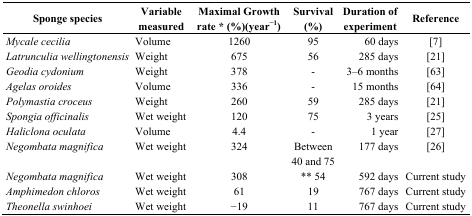
<table><thead><tr><td><b>Sponge species</b></td><td><b>Variable measured</b></td><td><b>Maximal Growth rate * (%)(year<sup>−1</sup>)</b></td><td><b>Survival (%)</b></td><td><b>Duration of experiment</b></td><td><b>Reference</b></td></tr></thead><tbody><tr><td><i>Mycale cecilia</i></td><td>Volume</td><td>1260</td><td>95</td><td>60 days</td><td>[7]</td></tr><tr><td><i>Latrunculia wellingtonensis</i></td><td>Weight</td><td>675</td><td>56</td><td>285 days</td><td>[21]</td></tr><tr><td><i>Geodia cydonium</i></td><td>Weight</td><td>378</td><td>-</td><td>3–6 months</td><td>[63]</td></tr><tr><td><i>Agelas oroides</i></td><td>Volume</td><td>336</td><td>-</td><td>15 months</td><td>[64]</td></tr><tr><td><i>Polymastia croceus</i></td><td>Weight</td><td>260</td><td>59</td><td>285 days</td><td>[21]</td></tr><tr><td><i>Spongia officinalis</i></td><td>Wet weight</td><td>120</td><td>75</td><td>3 years</td><td>[25]</td></tr><tr><td><i>Haliclona oculata</i></td><td>Volume</td><td>4.4</td><td>-</td><td>1 year</td><td>[27]</td></tr><tr><td><i>Negombata magnifica</i></td><td>Wet weight</td><td>324</td><td>Between 40 and 75</td><td>177 days</td><td>[26]</td></tr><tr><td><i>Negombata magnifica</i></td><td>Wet weight</td><td>308</td><td>** 54</td><td>592 days</td><td>Current study</td></tr><tr><td><i>Amphimedon chloros</i></td><td>Wet weight</td><td>61</td><td>19</td><td>767 days</td><td>Current study</td></tr><tr><td><i>Theonella swinhoei</i></td><td>Wet weight</td><td>−19</td><td>11</td><td>767 days</td><td>Current study</td></tr></tbody></table>